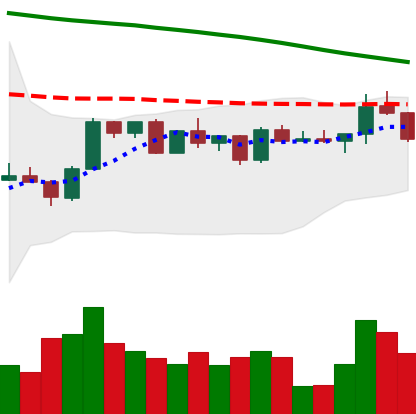
Ticker: ETH-USD
Chart end date: 2022-12-15
Forward return: -3.842%
Label: down_3_5